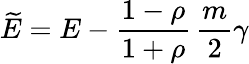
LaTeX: \widetilde E=E-\frac{1-\rho}{1+\rho}\, \frac{m}{2}\gamma